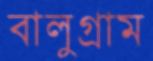
বালুগ্রাম